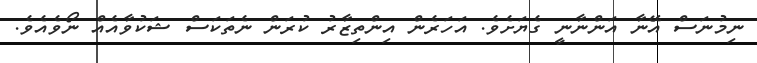
ނިމުނަސް އޭނާ އަންނާނީ ގެޔަށެވެ. އަހަރެން އިންތިޒާރު ކުރަން ނެތަކަސް ޝަކުވާއެއް ނޯވެއެވެ.